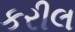
કરીલ